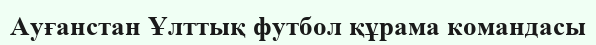
Ауғанстан Ұлттық футбол құрама командасы